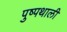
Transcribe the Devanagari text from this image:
पुष्पथाली